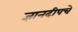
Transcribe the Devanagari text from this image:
ज्ञानदीपचे